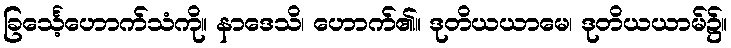
ခြင်္သေ့ဟောက်သံကို။ နာဒေသိ၊ ဟောက်၏။ ဒုတိယယာမေ၊ ဒုတိယယာမ်၌။